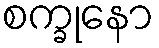
စက္ခုနော